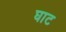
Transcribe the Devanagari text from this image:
घाट